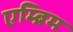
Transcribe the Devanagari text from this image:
एम्ब्रिम